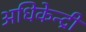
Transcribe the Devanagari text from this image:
अधिकेन्द्री